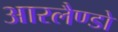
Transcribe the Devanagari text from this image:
आरलैण्डो